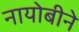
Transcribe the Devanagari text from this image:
नायोबीने